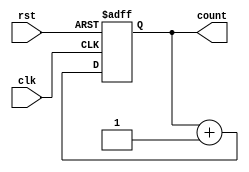
module decade_counter (
  input clk, // Clock input
  input rst, // Reset input
  output [3:0] count // Output representing decimal count
);

reg [3:0] count_reg;

always @ (posedge clk or posedge rst) begin
  if (rst) begin
    count_reg <= 4'b0000; // Reset count to 0
  end else begin
    count_reg <= count_reg + 1; // Increment count by 1
  end
end

assign count = count_reg;

endmodule